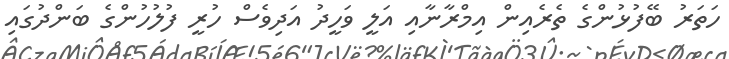
ހަތަރު ބޭފުޅުންގެ ތެރެއިން އިމްރާނާއި އަލީ ވަހީދު އަދިވެސް ހުރީ ފުލުހުންގެ ބަންދުގައި